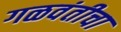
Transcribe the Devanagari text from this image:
गळवंतीचा